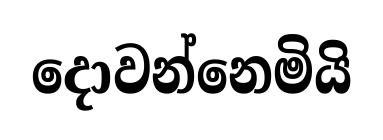
දොවන්නෙමියි